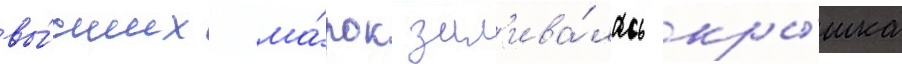
вы́сших ма́рок зал'ива́лась кры́шка